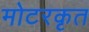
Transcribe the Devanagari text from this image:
मोटरकृत